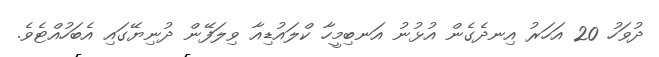
ދުވަހު 20 އަހަރު އިނދެގެން އުޅުނު އަނބިމީހާ ކްލައުޑިއާ ވިލަފޭން ދުނިޔޭގައި އެބަހުއްޓެވެ.